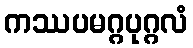
ကဿပမဂ္ဂပုဂ္ဂလံ